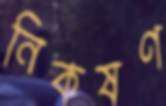
নিকষণ